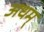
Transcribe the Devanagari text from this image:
अधम्